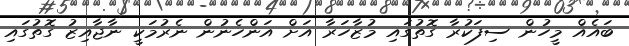
ބައެއް މީހުން ސިފަކުރާ ގޮތުގައި މުޒާހަރާ އަށް އަންހެނުން ނެރުމަކީ ނާޖާއިޒު ގޮތުގައި